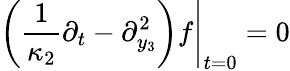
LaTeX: \left.\left(\frac{1}{\kappa_{2}}\partial_{t}-\partial_{y_{3}}^{2}\right)f\right|_{t=0}=0